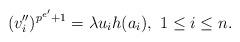
LaTeX: \begin{align*} (v_i'')^{p^{e'}+1}=\lambda u_ih(a_i),\ 1\leq i\leq n. \end{align*}